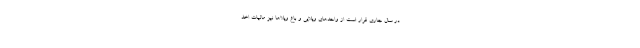
در سال جاری قرار است از واحدهای ویلایی و باع ویلاها نیز مالیات اخذ